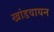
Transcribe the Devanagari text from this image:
खांडवायन